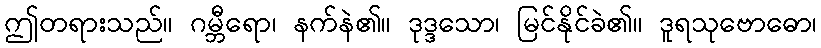
ဤတရားသည်။ ဂမ္ဘီရော၊ နက်နဲ၏။ ဒုဒ္ဒသော၊ မြင်နိုင်ခဲ၏။ ဒူရသုဗောဓော၊